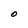
Character: O